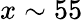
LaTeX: x\sim 55